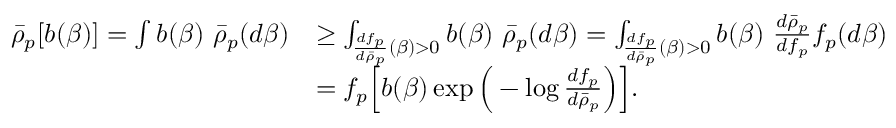
\begin{array} { r l } { \bar { \rho } _ { p } [ b ( \beta ) ] = \int b ( \beta ) \, \, \bar { \rho } _ { p } ( d \beta ) } & { \geq \int _ { \frac { d f _ { p } } { d \bar { \rho } _ { p } } ( \beta ) > 0 } b ( \beta ) \, \, \bar { \rho } _ { p } ( d \beta ) = \int _ { \frac { d f _ { p } } { d \bar { \rho } _ { p } } ( \beta ) > 0 } b ( \beta ) \, \, \frac { d \bar { \rho } _ { p } } { d f _ { p } } f _ { p } ( d \beta ) } \\ & { = f _ { p } \Big [ b ( \beta ) \exp \Big ( - \log \frac { d f _ { p } } { d \bar { \rho } _ { p } } \Big ) \Big ] . } \end{array}